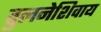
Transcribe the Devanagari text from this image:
तुलनेशिवाय